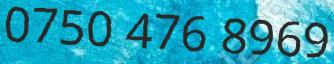
0750 476 8969